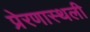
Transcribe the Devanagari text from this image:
प्रेरणास्थली